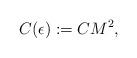
LaTeX: \begin{align*} C(\epsilon) := CM^2, \end{align*}